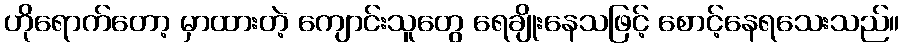
ဟိုရောက်တော့ မှာထားတဲ့ ကျောင်းသူတွေ ရေချိုးနေသဖြင့် စောင့်နေရသေးသည်။